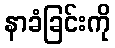
နာခံခြင်းကို